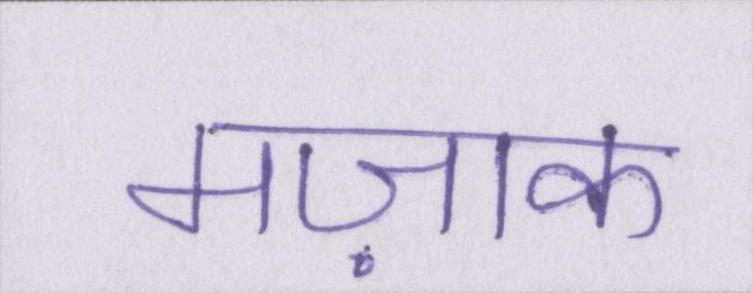
मज़ाक